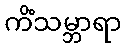
ကိံသမ္ဘာရာ